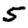
Digit: 5